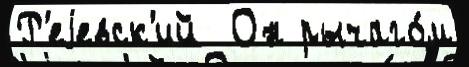
Р'еjевск'ий  Он рычаго́м